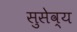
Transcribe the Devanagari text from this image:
सुसेव्य